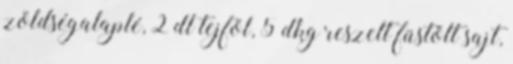
zöldségalaplé, 2 dl tejföl, 5 dkg reszelt füstölt sajt,